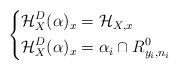
\begin{align*}\left \{ \begin{aligned} \mathcal H_X^D(\alpha)_x &= \mathcal H_{X, x} & \\ \mathcal H_X^D(\alpha)_x &= \alpha_i \cap R^0_{y_i, n_i} & \end{aligned} \right.\end{align*}